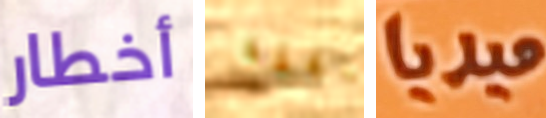
أخطار شفقة ميديا